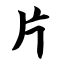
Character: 片